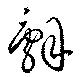
辞